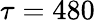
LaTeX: \tau=480